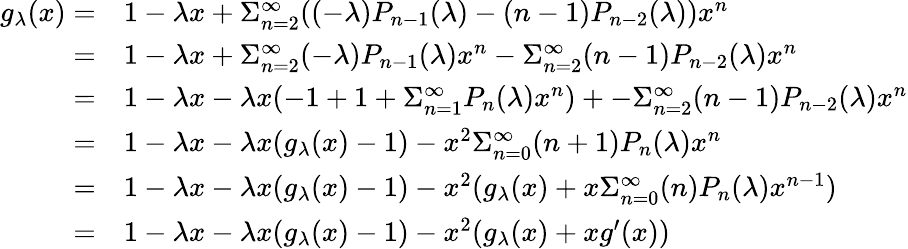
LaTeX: \begin{array}{rl}{g_{\lambda}(x)=}&{{}1-\lambda x+\Sigma_{n=2}^{\infty}((-\lambda)P_{n-1}(\lambda)-(n-1)P_{n-2}(\lambda))x^{n}}\\ {=}&{{}1-\lambda x+\Sigma_{n=2}^{\infty}(-\lambda)P_{n-1}(\lambda)x^{n}-\Sigma_{n=2}^{\infty}(n-1)P_{n-2}(\lambda)x^{n}}\\ {=}&{{}1-\lambda x-\lambda x(-1+1+\Sigma_{n=1}^{\infty}P_{n}(\lambda)x^{n})+-\Sigma_{n=2}^{\infty}(n-1)P_{n-2}(\lambda)x^{n}}\\ {=}&{{}1-\lambda x-\lambda x(g_{\lambda}(x)-1)-x^{2}\Sigma_{n=0}^{\infty}(n+1)P_{n}(\lambda)x^{n}}\\ {=}&{{}1-\lambda x-\lambda x(g_{\lambda}(x)-1)-x^{2}(g_{\lambda}(x)+x\Sigma_{n=0}^{\infty}(n)P_{n}(\lambda)x^{n-1})}\\ {=}&{{}1-\lambda x-\lambda x(g_{\lambda}(x)-1)-x^{2}(g_{\lambda}(x)+xg^{\prime}(x))}\end{array}